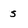
Character: 5